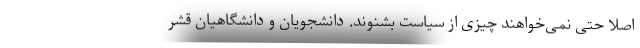
اصلا حتی نمی‌خواهند چیزی از سیاست بشنوند. دانشجویان و دانشگاهیان قشر